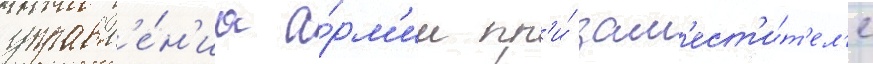
управл'е́н'иа а́рм'ии пр'и́ зам'ест'и́т'ел'е